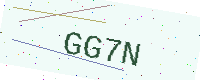
Text: GG7N